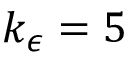
k _ { \epsilon } = 5